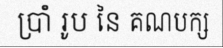
ប្រាំ រូប នៃ គណបក្ស